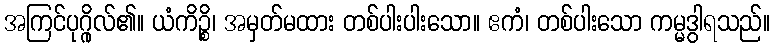
အကြင်ပုဂ္ဂိုလ်၏။ ယံကိဉ္စိ၊ အမှတ်မထား တစ်ပါးပါးသော။ ဧကံ၊ တစ်ပါးသော ကမ္မဒွါရသည်။